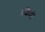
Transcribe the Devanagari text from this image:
मशिदही